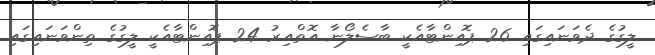
ލީގުގެ ދެވަނައިގައި 26 ޕޮއިންޓާއެކީ ބާސެލޯނާ އޮތްއިރު 24 ޕޮއިންޓާއެކީ ލީގުގެ ތިންވަނައިގައި